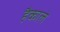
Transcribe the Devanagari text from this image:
हैकाले